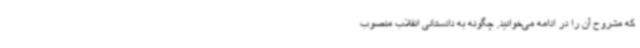
که مشروح آن را در ادامه می‌خوانید. ‌چگونه به دادستانی انقلاب منصوب